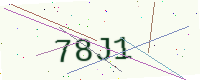
Text: 78J1